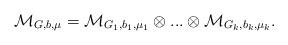
LaTeX: \begin{align*}\mathcal{M}_{G,b,\mu}=\mathcal{M}_{G_1, b_1, \mu_1} \otimes ... \otimes \mathcal{M}_{G_k, b_k, \mu_k}.\end{align*}